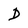
Character: D